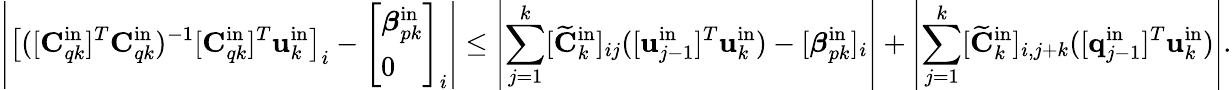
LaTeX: \left|\left[([\mathbf{C}_{qk}^{\mathrm{in}}]^{T}\mathbf{C}_{qk}^{\mathrm{in}})^{-1}[\mathbf{C}_{qk}^{\mathrm{in}}]^{T}\mathbf{u}_{k}^{\mathrm{in}}\right]_{i}-\left[\begin{array}{l}{\boldsymbol{\beta}_{pk}^{\mathrm{in}}}\\ {0}\end{array}\right]_{i}\right|\leq\left|\sum_{j=1}^{k}[\widetilde{\mathbf{C}}_{k}^{\mathrm{in}}]_{ij}([\mathbf{u}_{j-1}^{\mathrm{in}}]^{T}\mathbf{u}_{k}^{\mathrm{in}})-[\boldsymbol{\beta}_{pk}^{\mathrm{in}}]_{i}\right|+\left|\sum_{j=1}^{k}[\widetilde{\mathbf{C}}_{k}^{\mathrm{in}}]_{i,j+k}([\mathbf{q}_{j-1}^{\mathrm{in}}]^{T}\mathbf{u}_{k}^{\mathrm{in}})\right|.